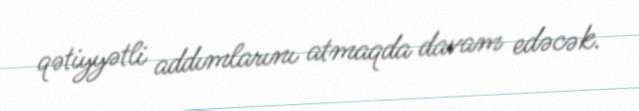
qətiyyətli addımlarını atmaqda davam edəcək.